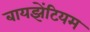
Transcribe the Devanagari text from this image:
बायझेंटियम